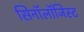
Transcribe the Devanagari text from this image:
सिनॉलॉजिस्ट